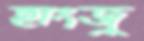
হাংজু